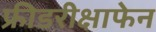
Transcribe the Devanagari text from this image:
फ्रीडरीक्षाफेन